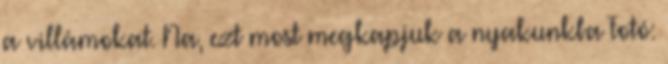
a villámokat. Na, ezt most megkapjuk a nyakunkba Fotó: